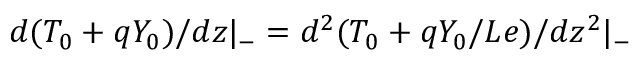
d ( T _ { 0 } + q Y _ { 0 } ) / d z | _ { - } = d ^ { 2 } ( T _ { 0 } + q Y _ { 0 } / L e ) / d z ^ { 2 } | _ { - }